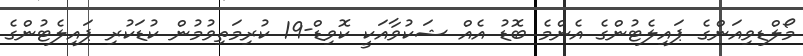
މޯލްޑިވިއަންގެ ޕައިލެޓުންގެ އެންމެ ބޮޑު އެއް ޝަކުވާއަކީ ކޮވިޑް-19 ކުރިމަތިވުމުން ކުޑަކުރި ޕައިލެޓުންގެ